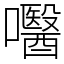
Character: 𡄵